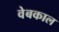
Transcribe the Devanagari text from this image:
वेबकाल